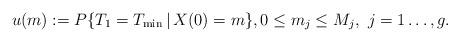
LaTeX: \begin{align*}u(m) := P\{T_1 = T_{\min} \, | \, X(0) = m\},0 \leq m_j \leq M_j, \ j = 1 \dots, g.\end{align*}